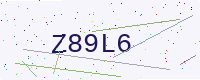
Text: Z89L6